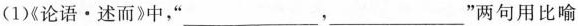
( 1 )《论语 \cdot 述而》中，“___，___”两句用比喻